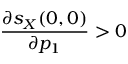
\frac { \partial s _ { X } ( 0 , 0 ) } { \partial p _ { 1 } } > 0